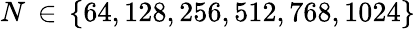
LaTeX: N\, \in\, \{ 64,128,256,512,768,1024\}